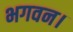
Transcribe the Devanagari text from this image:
भगवन।